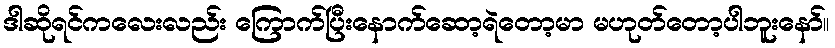
ဒါဆိုရင်ကလေးလည်း ကြောက်ပြီးနောက်ဆော့ရဲတော့မာ မဟုတ်တော့ပါဘူးနော်။